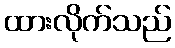
ထားလိုက်သည်